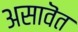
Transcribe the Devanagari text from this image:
असावॆत